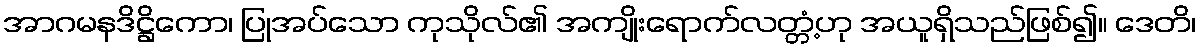
အာဂမနဒိဋ္ဌိကော၊ ပြုအပ်သော ကုသိုလ်၏ အကျိုးရောက်လတ္တံ့ဟု အယူရှိသည်ဖြစ်၍။ ဒေတိ၊